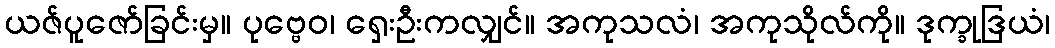
ယဇ်ပူဇော်ခြင်းမှ။ ပုဗ္ဗေဝ၊ ရှေးဦးကလျှင်။ အကုသလံ၊ အကုသိုလ်ကို။ ဒုက္ခုဒြယံ၊